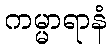
ကမ္မာရာနံ